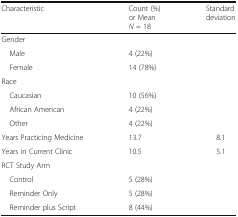
| Characteristic | Count (%)or MeanN = 18 | Standard deviation |
 | --- | --- | --- |
 | <COLSPAN=3> Gender |
 | Male | 4 (22%) |  |
 | Female | 14 (78%) |  |
 | <COLSPAN=3> Race |
 | Caucasian | 10 (56%) |  |
 | African American | 4 (22%) |  |
 | Other | 4 (22%) |  |
 | Years Practicing Medicine | 13.7 | 8.1 |
 | Years in Current Clinic | 10.5 | 5.1 |
 | <COLSPAN=3> RCT Study Arm |
 | Control | 5 (28%) |  |
 | Reminder Only | 5 (28%) |  |
 | Reminder plus Script | 8 (44%) |  |